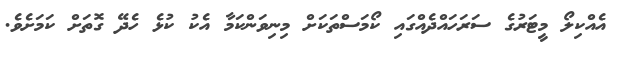
އެއްކިލޯ މީޓަރުގެ ސަރަހައްދެއްގައި ކޯމަސްތަކަށް މިނިވަންކަމާ އެކު ކުޅެ ހެދޭ ގޮތަށް ކަމަށެވެ.